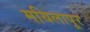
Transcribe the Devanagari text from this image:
मयिलापूर